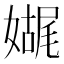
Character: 𫱬